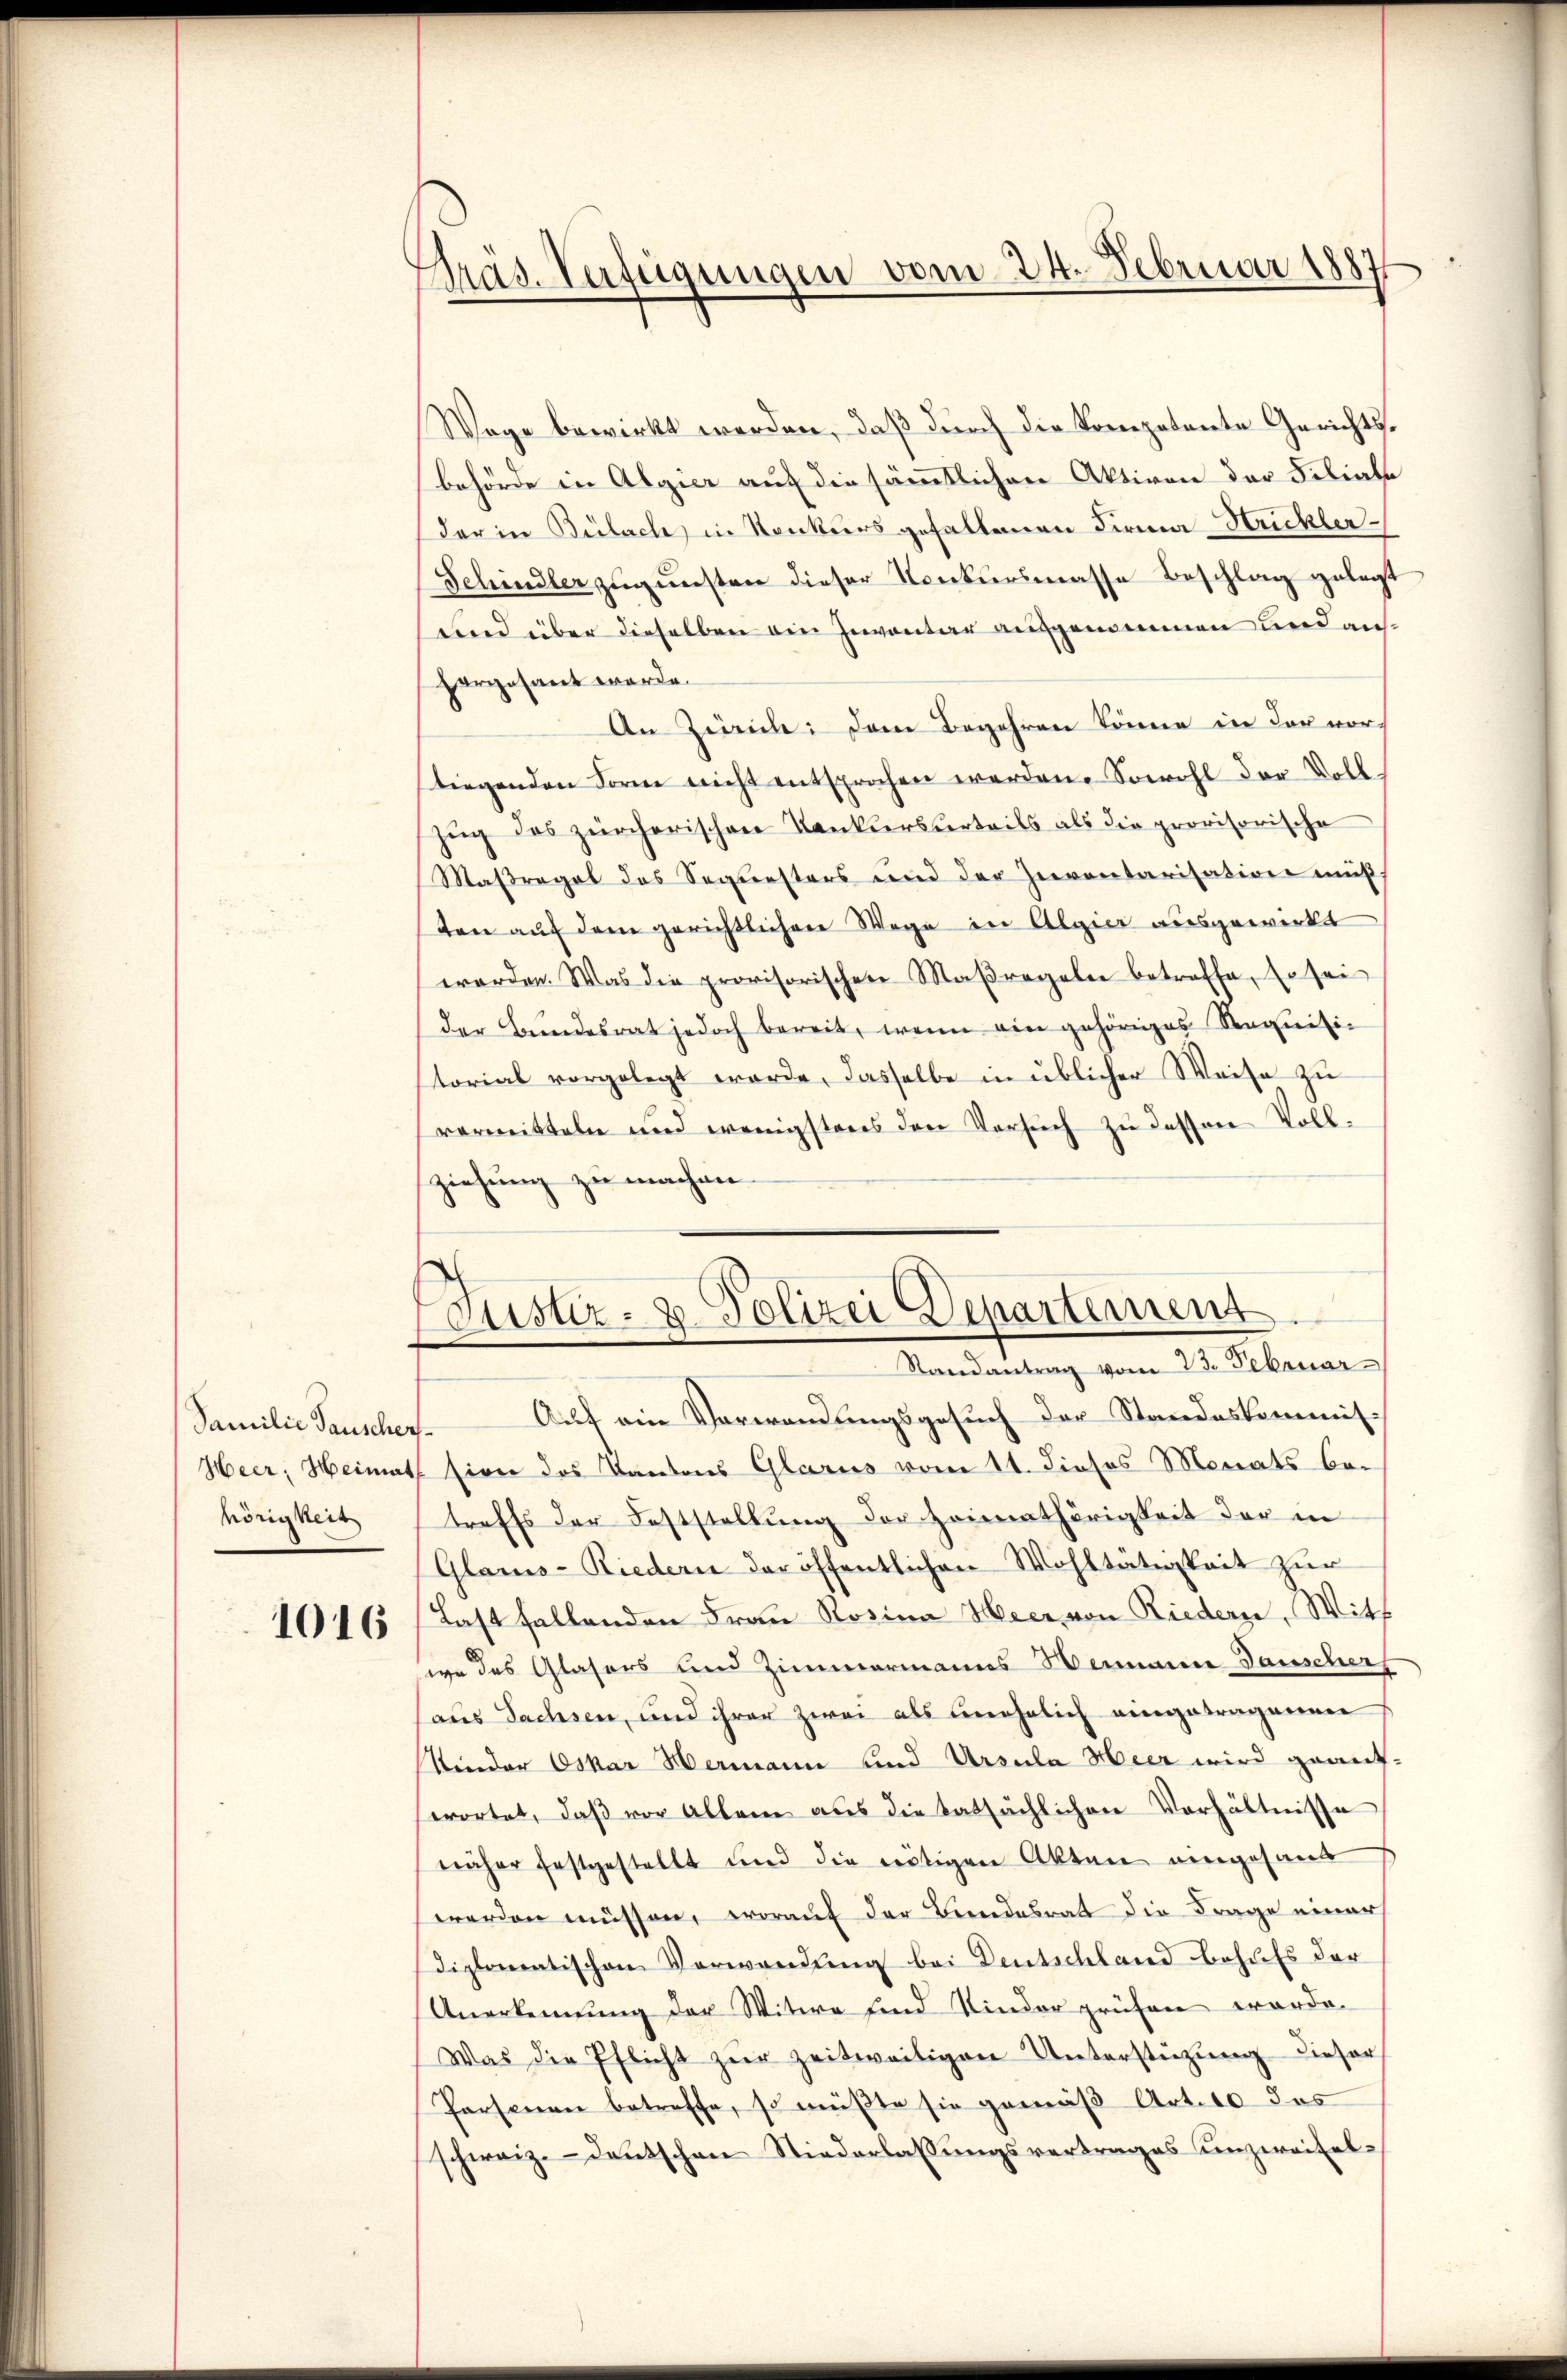
hörigkeit
1016

Präs. Verfügungen vom 24. Februar 1887

(Justiz- & Polizei Departement
Randantrag vom 23. Februar

Wage bewirkt werden, daß durch die Kompetente Gerichtsbehörde in Algier auf die sämmtlichen Aktiven der Filiale
der in Bülach, in Konkurs gefallenen Firma Huckler
Schindler zugunsten dieser Konkursmasse Beschlag gelegt
und über dieselben ein Inventar ausgenommen und aufhargesant werde.
An Zürich: Dem Begehren könne in der vor-
tiegenden Form nicht entsprochen werden. Sowohl der Volk.
zug des zürcherischen Konkurseerteils als die provisorische
Maßregel des Sequesters und der Inventarisation muß,
ten auf dem gerichtlichen Wege in Algier ausgewirkt
worden. Was die provisorischen Maßregeln betroffe, so sei
der Bundesrat jedoch bereit, wenn ein gehöriges Requisitorial vorgelegt werde, dasselbe in üblicher Weise zu
vermitteln und wenigstens den Versuch zu dessen Voll-
ziehung zu machen

Familie Tauscher Auf ein Verwendungsgesuch der Standeskommis¬
Heer; Heimath sien das Kantons Glarus vom 11. dieses Monats betreffs der Feststellung der Heimathörigkeit der in
Glarus-Riedern der öffentlichen Wohltätigkeit zur
Last fallenden Frau Rosina Heer von Riederze, Witt
wo des Glasers und Zimmermanns Hermann Danscherf
aus Sachsen, und ihrer zwei als unehelich eingetragenen
Kinder Oskar Hermann und Ursula Meer wird geant-
swortet, daß vor Allem aus die tatsächlichen Verhältnisse
näher festgestellt und die nötigen Akten eingesand
werden müssen, worauf der Bundesrat die Frage einer
Diplomatischen Verwendung bei Deutschland behufs der
Anerkennung der Witwe sind Kinder prüfen werde.
Was die Pflicht zur zeitweiligen Unterstüzung dieser
Personen betreffe, so müßte sie gemäß Art. 10 das
schweiz. Deutschen Niederlassŭngsvertrages unzweifel¬